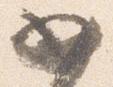
如